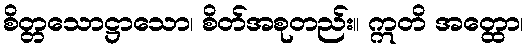
စိတ္တသောဋ္ဌာသော၊ စိတ်အစုတည်း။ ဣတိ အတ္ထော၊